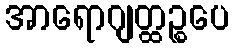
အာရောဂျတ္ထဉ္စပေ